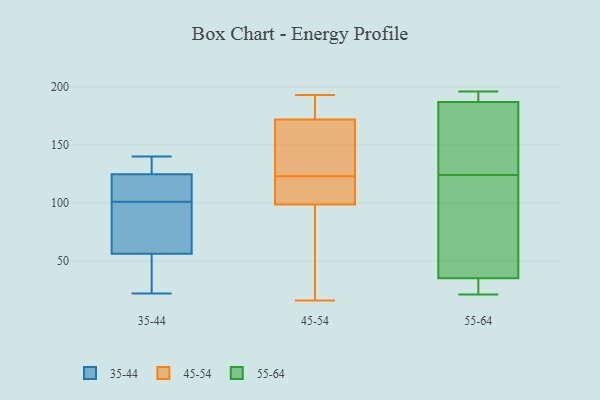
{"axis": {"x": "Temperature (°C)", "y": "Value"}, "legend": ["35-44", "45-54", "55-64"], "data": [{"x": "", "y": 140, "type": "35-44"}, {"x": "", "y": 79, "type": "35-44"}, {"x": "", "y": 115, "type": "35-44"}, {"x": "", "y": 33, "type": "35-44"}, {"x": "", "y": 101, "type": "35-44"}, {"x": "", "y": 138, "type": "35-44"}, {"x": "", "y": 111, "type": "35-44"}, {"x": "", "y": 38, "type": "35-44"}, {"x": "", "y": 124, "type": "35-44"}, {"x": "", "y": 22, "type": "35-44"}, {"x": "", "y": 125, "type": "35-44"}, {"x": "", "y": 139, "type": "35-44"}, {"x": "", "y": 29, "type": "35-44"}, {"x": "", "y": 128, "type": "35-44"}, {"x": "", "y": 72, "type": "35-44"}, {"x": "", "y": 111, "type": "35-44"}, {"x": "", "y": 51, "type": "35-44"}, {"x": "", "y": 94, "type": "35-44"}, {"x": "", "y": 95, "type": "35-44"}, {"x": "", "y": 193, "type": "45-54"}, {"x": "", "y": 24, "type": "45-54"}, {"x": "", "y": 109, "type": "45-54"}, {"x": "", "y": 123, "type": "45-54"}, {"x": "", "y": 132, "type": "45-54"}, {"x": "", "y": 151, "type": "45-54"}, {"x": "", "y": 190, "type": "45-54"}, {"x": "", "y": 116, "type": "45-54"}, {"x": "", "y": 123, "type": "45-54"}, {"x": "", "y": 179, "type": "45-54"}, {"x": "", "y": 16, "type": "45-54"}, {"x": "", "y": 98, "type": "45-54"}, {"x": "", "y": 117, "type": "45-54"}, {"x": "", "y": 128, "type": "45-54"}, {"x": "", "y": 80, "type": "45-54"}, {"x": "", "y": 101, "type": "45-54"}, {"x": "", "y": 183, "type": "45-54"}, {"x": "", "y": 190, "type": "45-54"}, {"x": "", "y": 89, "type": "45-54"}, {"x": "", "y": 24, "type": "55-64"}, {"x": "", "y": 196, "type": "55-64"}, {"x": "", "y": 191, "type": "55-64"}, {"x": "", "y": 187, "type": "55-64"}, {"x": "", "y": 114, "type": "55-64"}, {"x": "", "y": 172, "type": "55-64"}, {"x": "", "y": 35, "type": "55-64"}, {"x": "", "y": 134, "type": "55-64"}, {"x": "", "y": 83, "type": "55-64"}, {"x": "", "y": 21, "type": "55-64"}]}